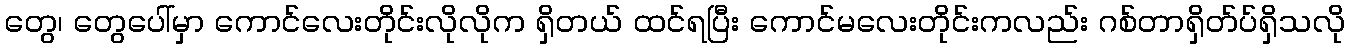
တွေ၊ တွေပေါ်မှာ ကောင်လေးတိုင်းလိုလိုက ရှိတယ် ထင်ရပြီး ကောင်မလေးတိုင်းကလည်း ဂစ်တာရှိတ်ပ်ရှိသလို